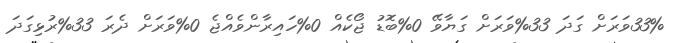
33%ވަރަށް ގަދަ 33%ވަރަށް ގަޔާވޭ 0%ބޮޑު ޖޯކެއް 0%ހައިރާންވެއްޖެ 0%ވަރަށް ދެރަ 33%ރުޅިގަދަ